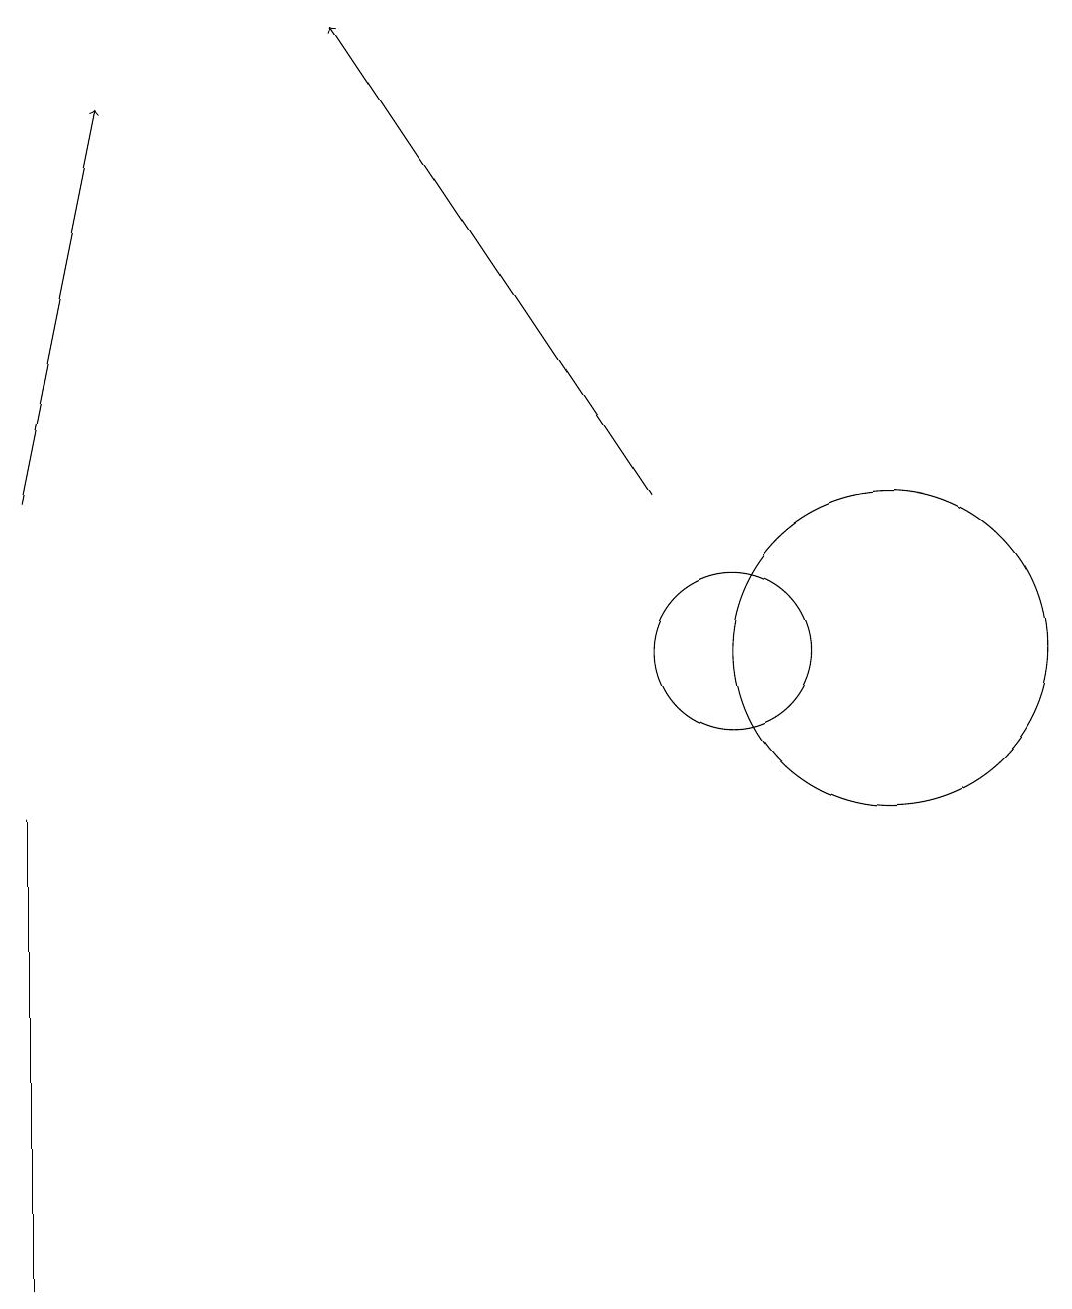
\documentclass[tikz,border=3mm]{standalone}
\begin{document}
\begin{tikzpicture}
\draw (10,11) circle (1);
\draw (12,11) circle (2);
\draw[->] (9,13) -- (5,19);
\draw[->] (1,13) -- (2,18);
\draw (1,8) -- (1,3) -- (1,9) -- cycle;
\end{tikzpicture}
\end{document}